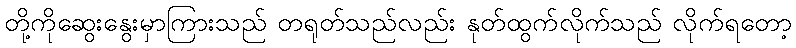
တို့ကိုဆွေးနွေးမှာကြားသည် တရုတ်သည်လည်း နုတ်ထွက်လိုက်သည် လိုက်ရတော့